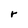
Character: r